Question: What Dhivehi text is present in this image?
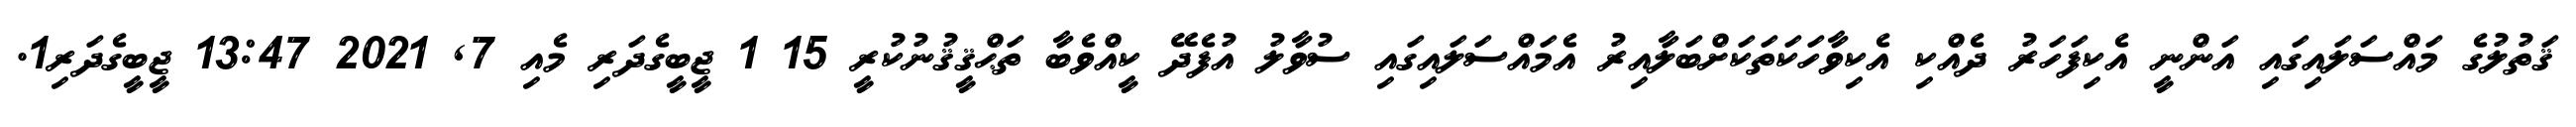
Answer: ޤަތުލުގެ މައްސަލައިގައި އަންނީ އެކިފަހަރު ދެއްކި އެކިވާހަކަތަކަށްބަލާއިރު އެމައްސަލައިގައި ސުވާލު އުފެދޭ ކީއްވެބާ ތަޙްޤީޤުނުކުރީ 15 1 ޖީބީގެދަރި މެއި 7, 2021 13:47 ޖީބީގެދަރި1.